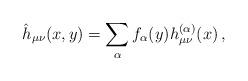
LaTeX: \begin{align*}\hat{h}_{\mu\nu}(x,y) =\sum_{\alpha}f_{\alpha}(y)h^{(\alpha)}_{\mu\nu}(x)\, ,\end{align*}